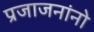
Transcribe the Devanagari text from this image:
प्रजाजनांनो